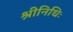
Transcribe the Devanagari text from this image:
श्रीनिधिः